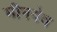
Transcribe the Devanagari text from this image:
मीनयेव